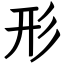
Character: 形